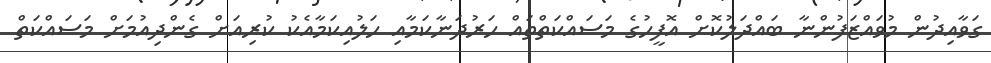
ގަވާއިދުން މުވައްޒަފުންނާ ބައްދަލުކޮށް އޮފީހުގެ މަސައްކަތްތައް ހަރުދަނާކަމާއި ހަލުއިކަމާއެކު ކުރިއަށް ގެންދިއުމަށް މަސައްކަތް